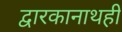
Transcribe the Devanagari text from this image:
द्वारकानाथही